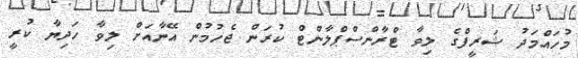
މުހައްމަދު ޝަރީފްގެ ލިވާ ޓްރާންސްޕްލާންޓް ކުރަން ޖެހުމުން އޭނާއަށް ލިވާ ހަދިޔާ ކުރީ